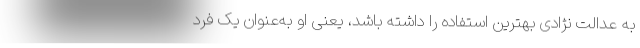
به عدالت نژادی بهترین استفاده را داشته باشد، یعنی او به‌عنوان یک فرد